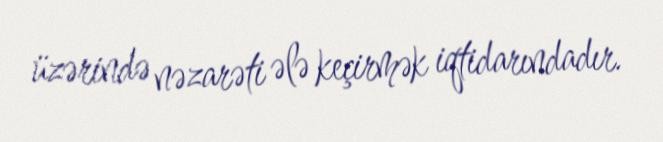
üzərində nəzarəti ələ keçirmək iqtidarındadır.